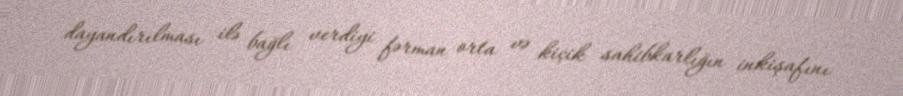
dayandırılması ilə bağlı verdiyi fərman orta və kiçik sahibkarlığın inkişafını